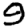
Digit: 9